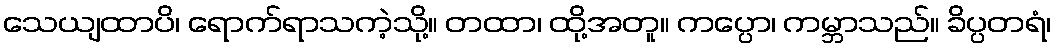
သေယျထာပိ၊ ရောက်ရာသကဲ့သို့။ တထာ၊ ထို့အတူ။ ကပ္ပော၊ ကမ္ဘာသည်။ ခိပ္ပတရံ၊